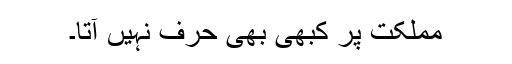
مملکت پر کبھی بھی حرف نہیں آتا۔